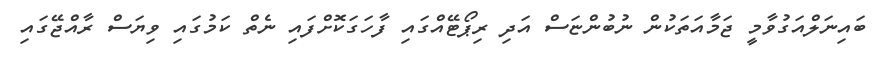
ބައިނަލްއަގުވާމީ ޖަމާއަތަކުން ނުބުންޏަސް އަދި ރިޕޯޓޭއްގައި ފާހަގަކޮށްފައި ނެތް ކަމުގައި ވިޔަސް ރާއްޖޭގައި